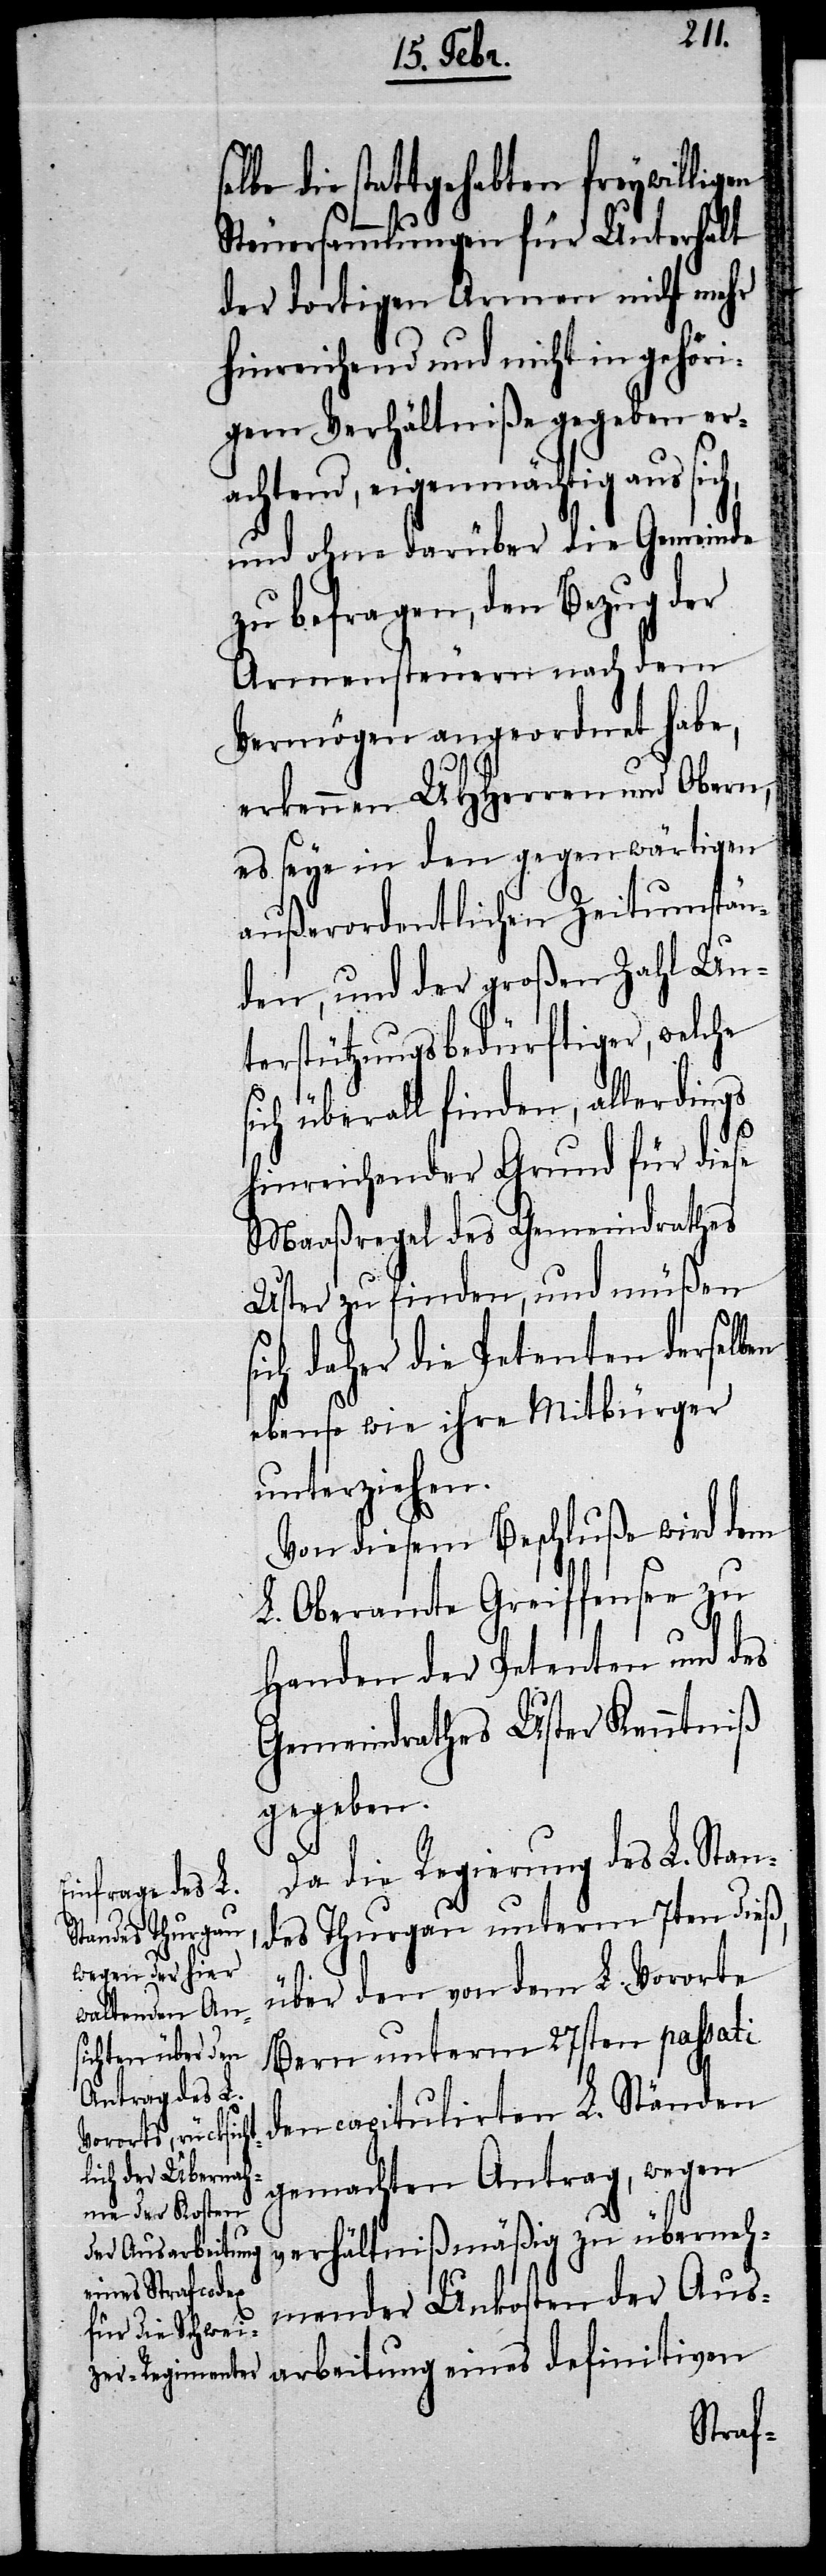
die stattgehabten freywilligen
Steuersammlungen für Unterhalt
der dortigen Armen nicht mehr
hinreichend und nicht in gehöri¬
gem Verhältniße gegeben er¬
achtend, eigenmächtig aus sich,
und ohne darüber die Gemeinde
zu befragen, den Bezug der
Armensteuern nach dem
Vermögen angeordnet habe,
erkennen UHHerren und Obern,
es seye in den gegenwärtigen
außerordentlichen Zeitumstän¬
den, und der großen Zahl Un¬
terstützungsbedürftiger, welche
sich überall finden, allerdings
hinreichender Grund für diese
Maaßregel des Gemeindrathes
Uster zu finden, und müßen
sich daher die Petenten derselben
ebenso wie ihre Mitbürger
unterziehen.
Von diesem Beschluße wird dem
L. Oberamte Greiffensee zu
Handen der Petenten und des
Gemeindrathes Uster Kenntniß
gegeben.
Da die Regierung des L. Stan¬
des Thurgau unterm 7ten dieß,
über den von dem L. Vororte
Bern unterm 27sten passati
den capitulirten L. Ständen
gemachten Antrag, wegen
verhältnißmäßig zu überneh¬
mender Unkosten der Aus¬
arbeitung eines definitiven